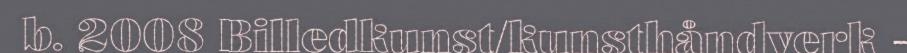
b. 2008 Billedkunst/kunsthåndverk -